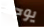
يوجد